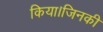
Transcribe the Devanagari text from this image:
किया।जिनकी